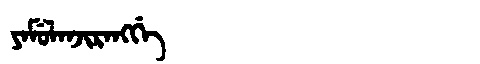
Manchu: ᠶᠠᠮᡠᠯᠠᠨᠵᡳᡵᠠᠩᡤᡝ
Romanization: YAMULANJIRANGGE